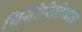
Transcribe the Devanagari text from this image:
थियोरिटिकल